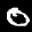
Label: 0